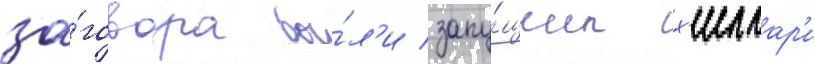
за́говора бы́л'и запу́щены х'иллар'и